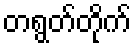
တရွတ်တိုက်